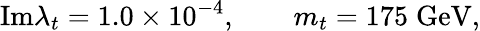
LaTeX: \mathrm{Im}\lambda_{t}=1.0\times 10^{-4},\qquad m_{t}=175\; \mathrm{GeV},